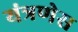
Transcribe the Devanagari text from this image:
यंत्रणेस